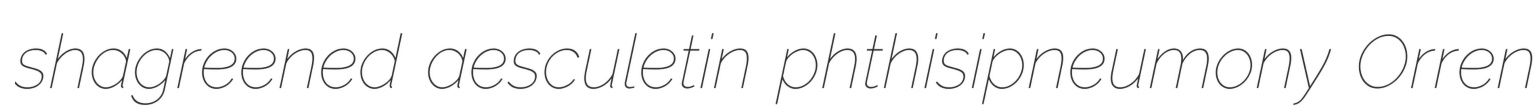
shagreened aesculetin phthisipneumony Orren